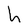
Character: h